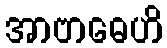
အာဗာဓေဟိ